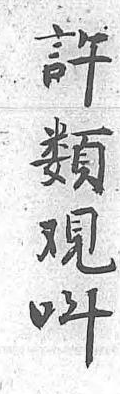
許類觀呌